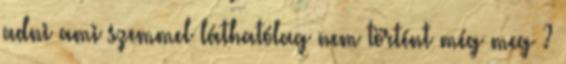
adni ami szemmel láthatólag nem történt még meg ?